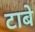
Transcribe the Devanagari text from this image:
टाबे